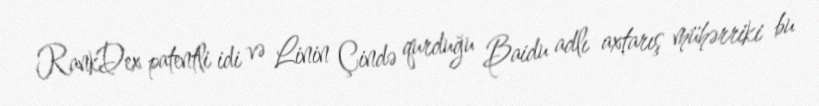
RankDex patentli idi və Linin Çində qurduğu Baidu adlı axtarış mühərriki bu